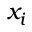
x _ { i }